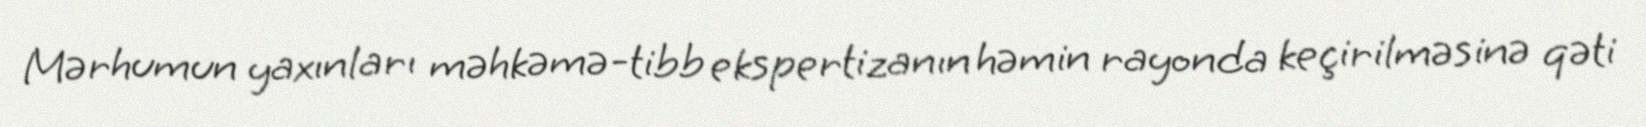
Mərhumun yaxınları məhkəmə-tibb ekspertizanın həmin rayonda keçirilməsinə qəti